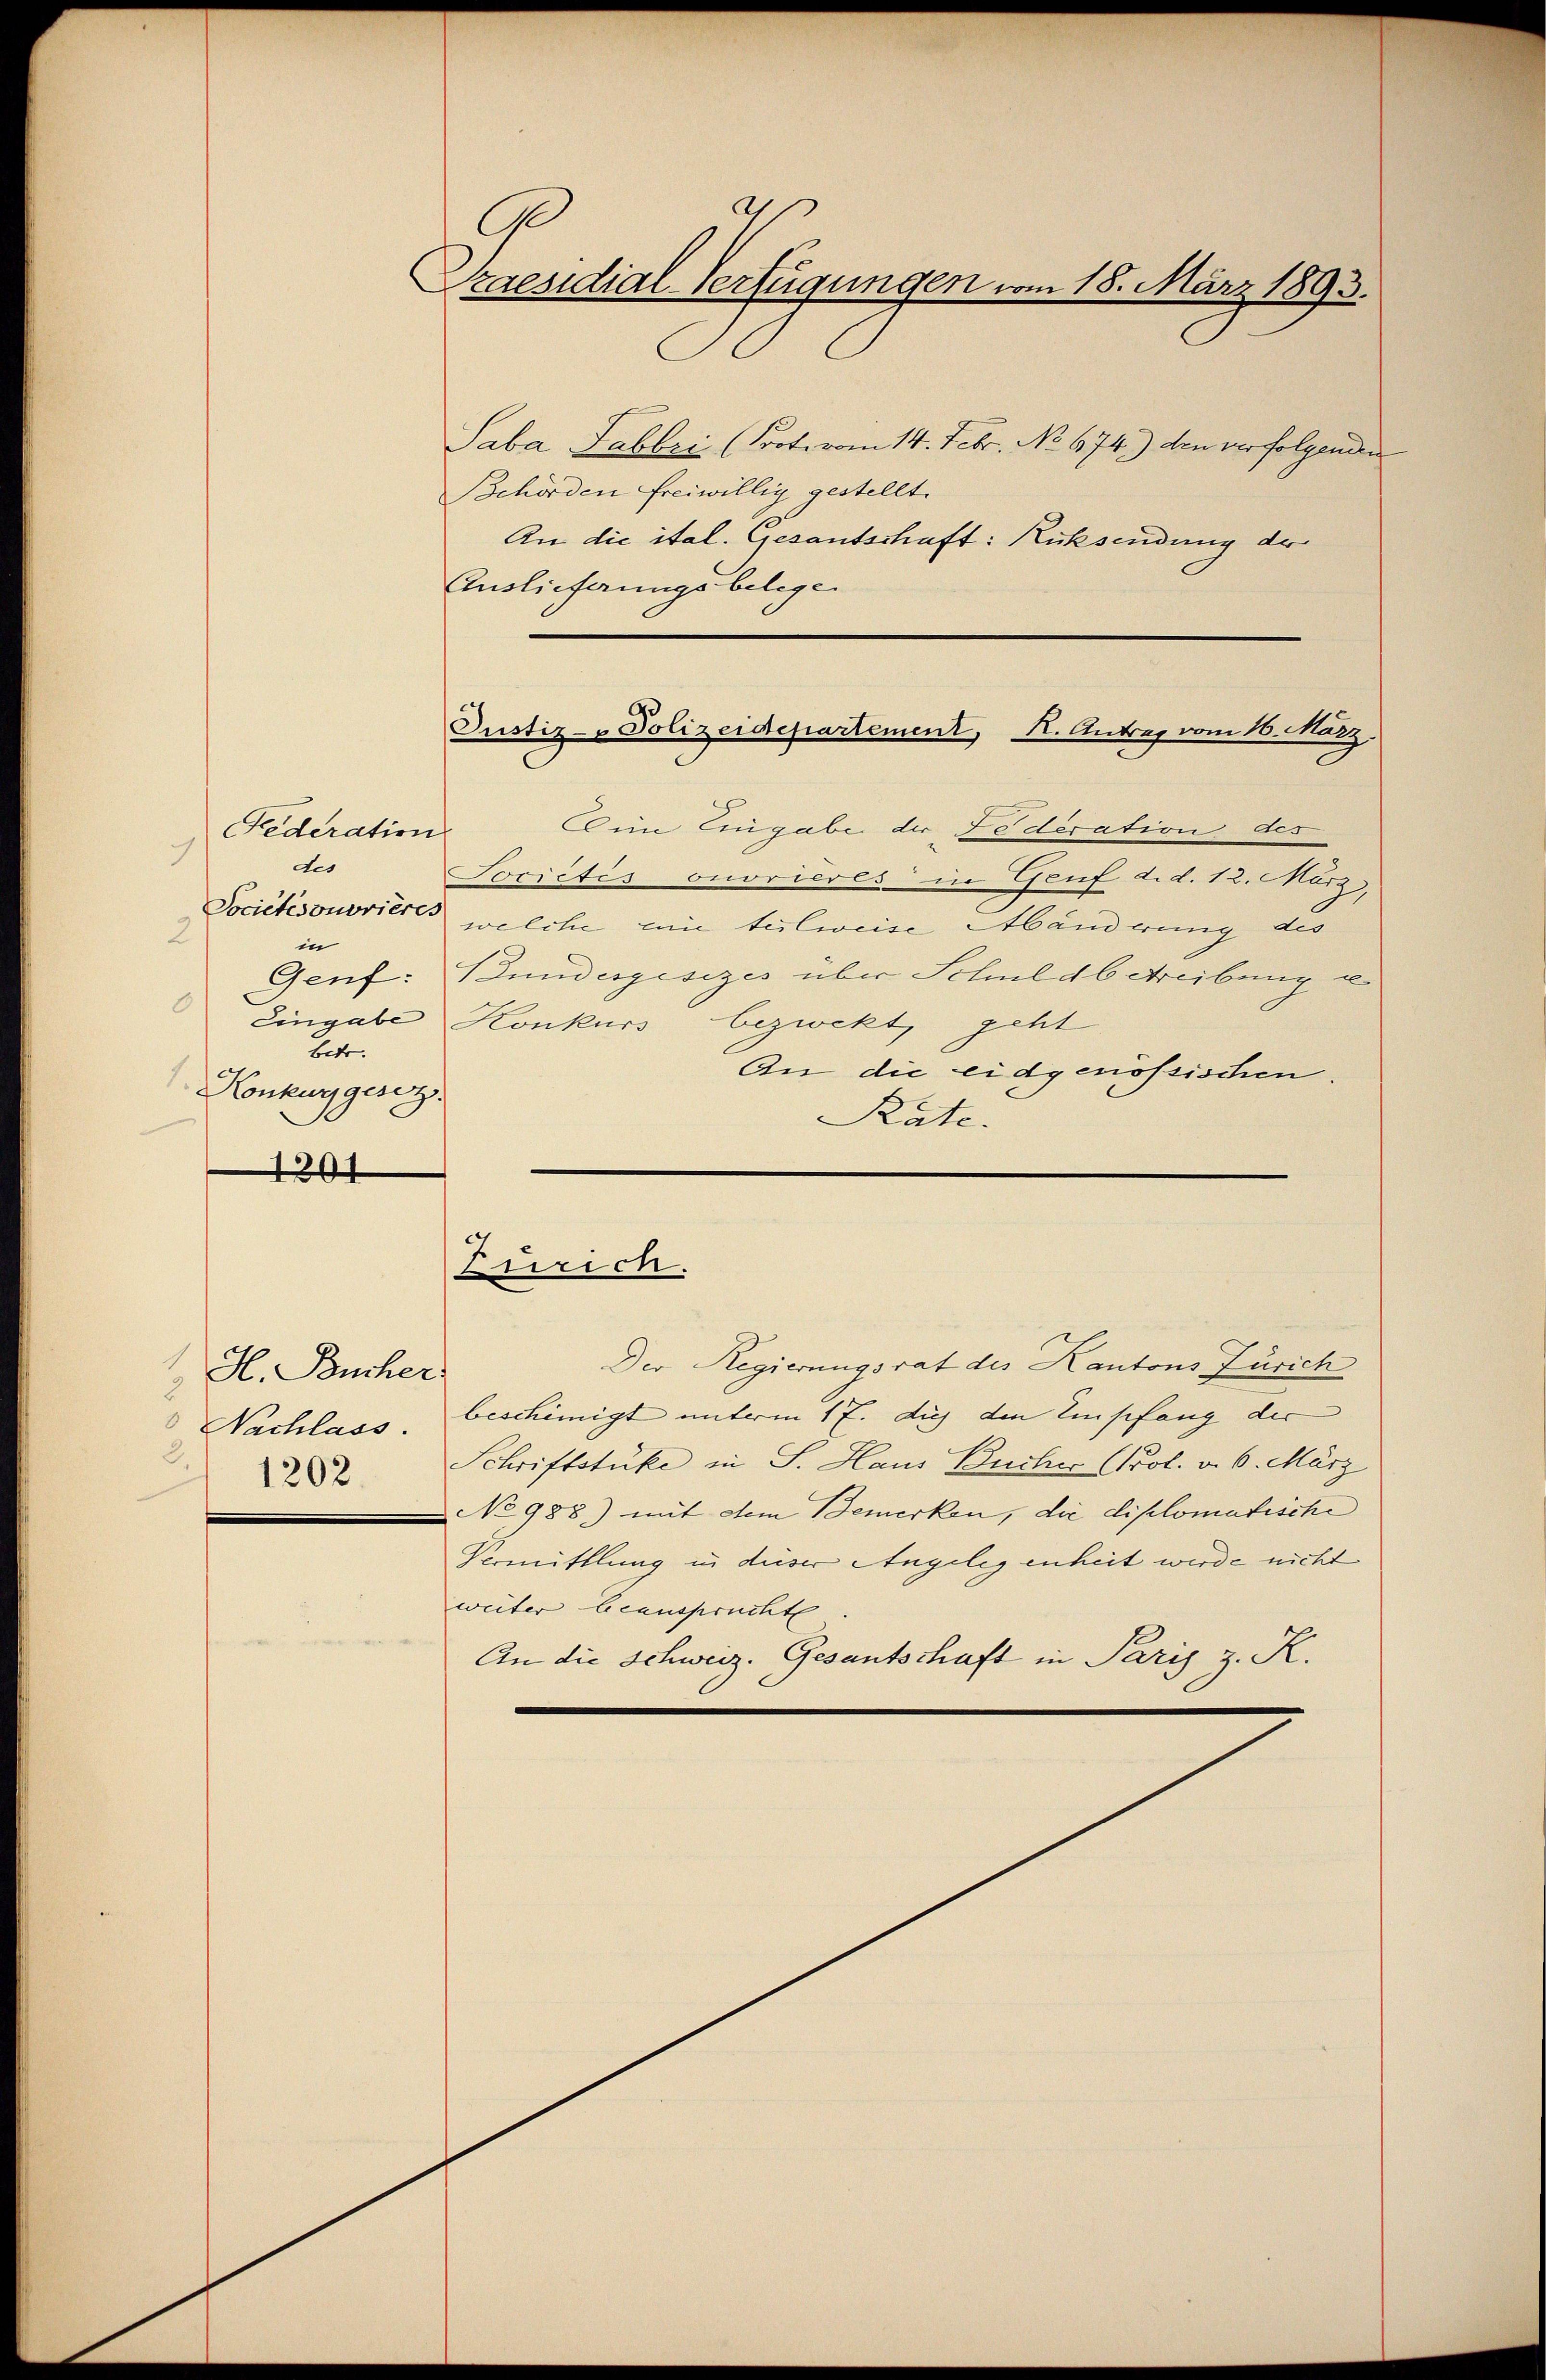
Federation
9
des
Societésonorieres
2
in
6
Betr.
Konkursgesetz

1201

4
H. Bücher
2
 Nachlass.
2.
1202.

C
Praesidial-Verfügungen vom 18. März 1893.

Saba Sabbri (Poot, vom 14. Febr. No. 674) den verfolgenden
Behörden freiwillig gestellt.
An die ital. Gesantschaft: Rüksendung de
Auslieferungsbelegen

in Eingabe der Federation des
Sorictis onorieres in Genf d. d. 12. März
welche eine teilweise Händerung des
Genf: Bundesgesezes über Schuldbetreibung se
Eingabe Konkurs bezwekt, geht
An die eidgenössischen,
Rate.

3
Pustiz-Polizeidepartement, K. Antrag vom 10. März.

Zürich.

Der Regierungsrat des Kantons Zürich
beschinigt unterm 17. dies den Empfang der
Schriftstüke in S. Haus Buches (Prol. v. 6. März
No 988) mit dem Bemerken, die diplomatische
Vermittlung in dieser Angelegenheit werde nicht
weiter beansprucht
An die Schweiz. Gesantschaft in Paris z. K.